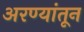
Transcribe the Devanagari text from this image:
अरण्यांतून